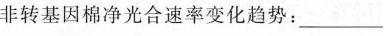
非转基因棉净光合速率变化趋势：___